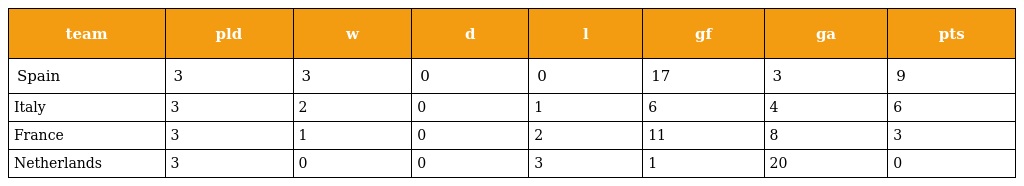
| team | pld | w | d | l | gf | ga | pts |
 | --- | --- | --- | --- | --- | --- | --- | --- |
 | Spain | 3 | 3 | 0 | 0 | 17 | 3 | 9 |
 | Italy | 3 | 2 | 0 | 1 | 6 | 4 | 6 |
 | France | 3 | 1 | 0 | 2 | 11 | 8 | 3 |
 | Netherlands | 3 | 0 | 0 | 3 | 1 | 20 | 0 |